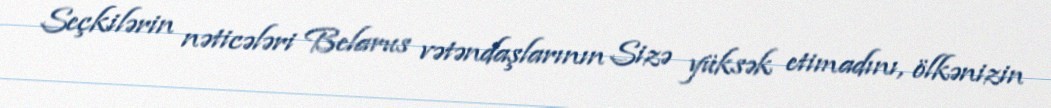
Seçkilərin nəticələri Belarus vətəndaşlarının Sizə yüksək etimadını, ölkənizin